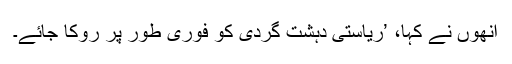
اُنھوں نے کہا، ’ریاستی دہشت گردی کو فوری طور پر روکا جائے۔